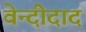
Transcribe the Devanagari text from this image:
वेन्दीदाद